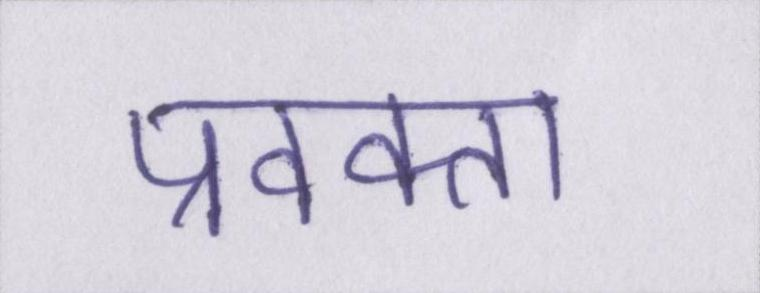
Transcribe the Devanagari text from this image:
प्रवक्ता